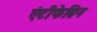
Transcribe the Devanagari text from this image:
एंटीफेब्रिन